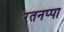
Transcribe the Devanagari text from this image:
रतनप्पा